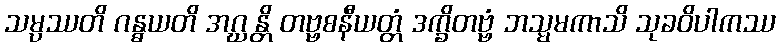
သမ္ပဿတိ ဂန္ဓယတိ အဂ္ဃန္တိ တဗ္ဗစနီယတ္တံ ဒက္ခိတဗ္ဗံ ဘသ္မမကာသိ သုခဝိပါကဿ